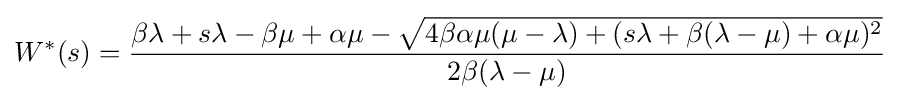
W^{\ast }(s)={\frac {\beta \lambda +s\lambda -\beta \mu +\alpha \mu -{\sqrt {4\beta \alpha \mu (\mu -\lambda )+(s\lambda +\beta (\lambda -\mu )+\alpha \mu )^{2}}}}{2\beta (\lambda -\mu )}}